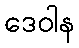
ဒေဝါန